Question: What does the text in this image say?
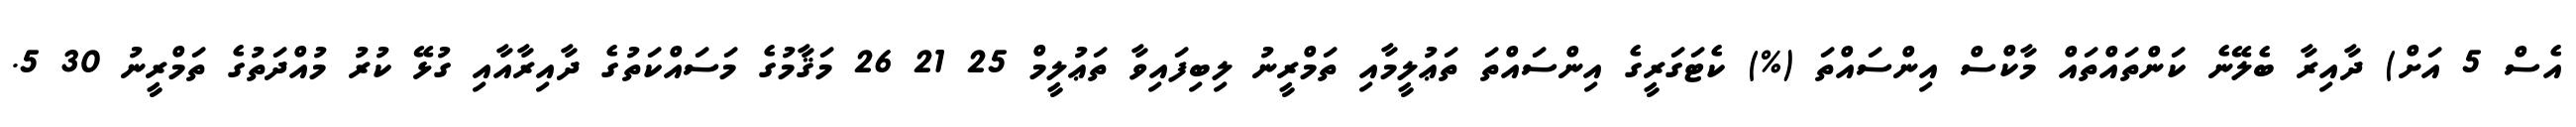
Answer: އެސް 5 އަށް) ދާއިރާ ބެލޭނެ ކަންތައްތައް މާކްސް އިންސައްތަ (%) ކެޓަގަރީގެ އިންސައްތަ ތަޢުލީމާއި ތަމްރީނު ލިބިފައިވާ ތަޢުލީމް 25 21 26 މަޤާމުގެ މަސައްކަތުގެ ދާއިރާއާއި ގުޅޭ ކުރު މުއްދަތުގެ ތަމްރީނު 30 5.